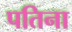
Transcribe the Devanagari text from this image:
पतिना